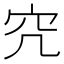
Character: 𥤤